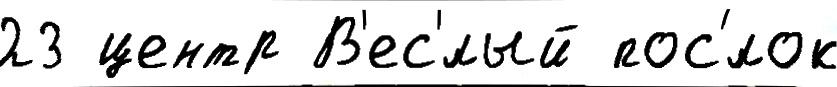
23 центр В'ес'́лый пос'́лок